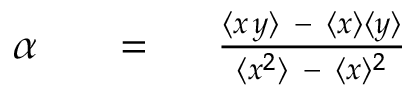
\begin{array} { r l r } { \alpha } & { { } \ \mathrm { ~ \ = ~ \ } } & { { \frac { \langle { x \, y \/ } \rangle \ - \ \langle { x } \rangle \langle { y } \rangle } { \langle { x } ^ { 2 } \rangle \ - \ \langle { x } \rangle ^ { 2 } } } } \end{array}